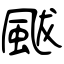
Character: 颰